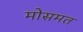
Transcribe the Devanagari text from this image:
मोसमत